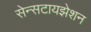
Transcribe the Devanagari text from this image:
सेन्सटायझेशन